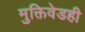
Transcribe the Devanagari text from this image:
मुक्तिवेडही